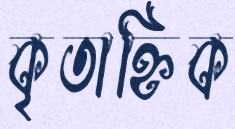
কৃতাহ্নিক